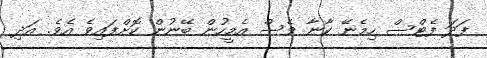
ފަދަ ފެޓްސް ހިމެނޭ ކާނާ ވެސް އެމީހުން ބޭނުން ކޮށްފައިވެ އެވެ. އަދި